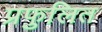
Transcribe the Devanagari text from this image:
प्रफुलित